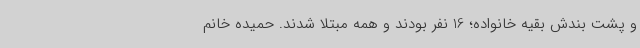
و پشت بندش بقیه خانواده؛ 16 نفر بودند و همه مبتلا شدند. حمیده خانم